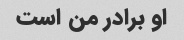
او برادر من است